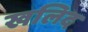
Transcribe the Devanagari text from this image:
खलिद